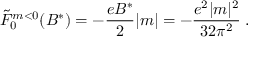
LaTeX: { \tilde { \cal { F } } } _ { 0 } ^ { m < 0 } ( B ^ { * } ) = - \frac { e B ^ { * } } { 2 } | m | = - \frac { e ^ { 2 } | m | ^ { 2 } } { 3 2 \pi ^ { 2 } } \; .